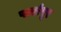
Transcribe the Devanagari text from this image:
पालंपूर